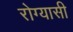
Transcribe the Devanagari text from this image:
रोग्यासी